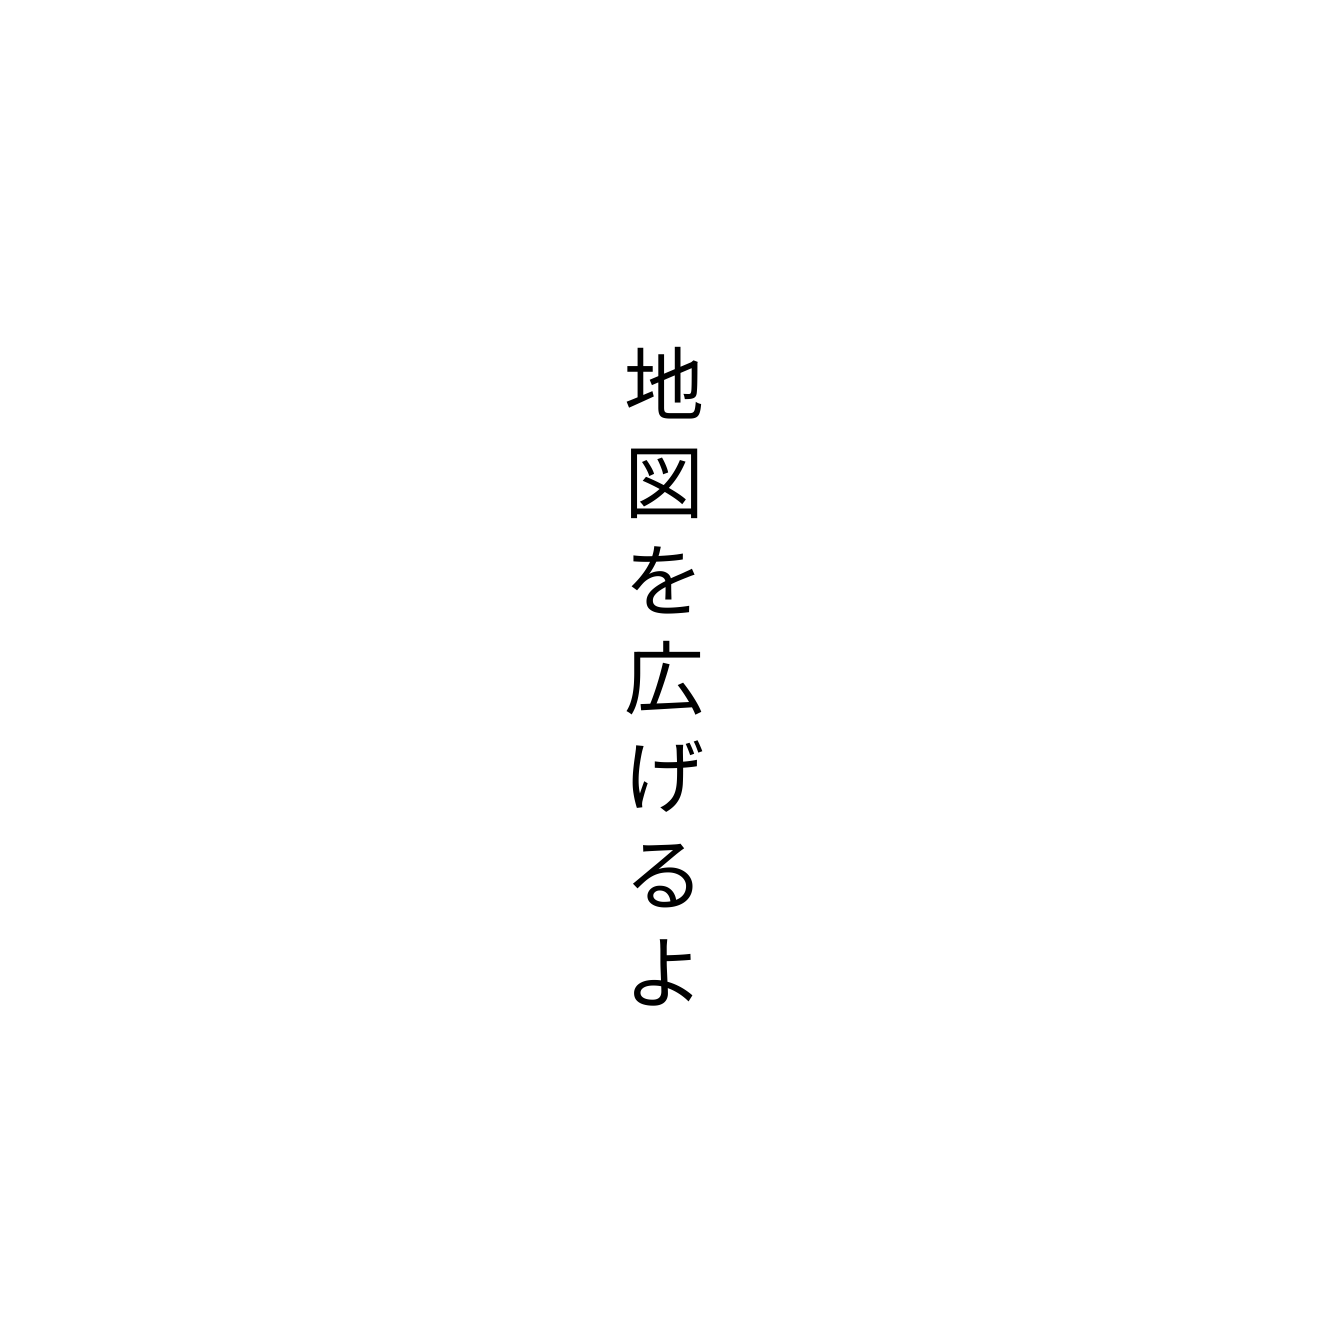
地図を広げるよ